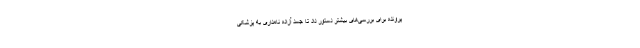
پرونده برای بررسی‌های بیشتر دستور داد تا جسد آزاده نامداری به پزشکی